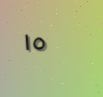
١٥